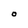
Character: O